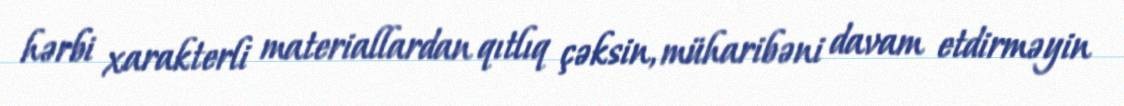
hərbi xarakterli materiallardan qıtlıq çəksin, müharibəni davam etdirməyin